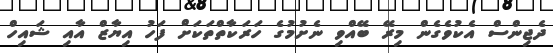
ދެޖިންސް އެކުވެގެން މިރޭ ބޭއްވި ނެށުމުގެ ހަރަކާތްތަކަށް ފަހު އިޔާޒް އާއި ޝައިހް